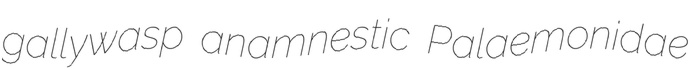
gallywasp anamnestic Palaemonidae